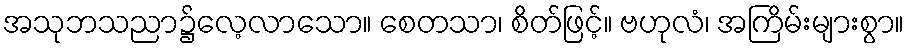
အသုဘသညာ၌လေ့လာသော။ စေတသာ၊ စိတ်ဖြင့်။ ဗဟုလံ၊ အကြိမ်းများစွာ။